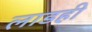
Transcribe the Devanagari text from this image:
लाडही